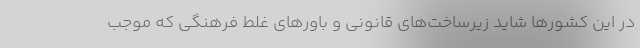
در این کشورها شاید زیرساخت‌های قانونی و باورهای غلط فرهنگی که موجب